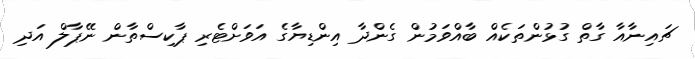
ޗައިނާއާ ގާތް ގުޅުންތަކެއް ބާއްވަމުން ގެންދާ އިންޑިޔާގެ އަވަށްޓެރި ޕާކިސްތާން ނޭޕާލް އަދި